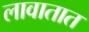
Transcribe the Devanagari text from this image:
लावातात